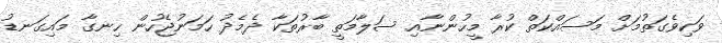
ވަކިވެގަތުމަށް މަސައްކަތް ކުރާ މީހުންނާއި ސަލާމަތީ ބާރުތަކާ ދެމެދު ހަމަނުޖެހުން ހިނގާ މައިގަނޑު